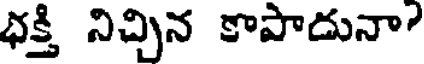
ధక్తి నిచ్చిన కాపాదునా?